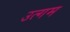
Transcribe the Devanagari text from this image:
उत्गम